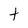
Character: t